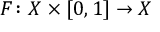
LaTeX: F \colon X \times [ 0 , 1 ] \to X